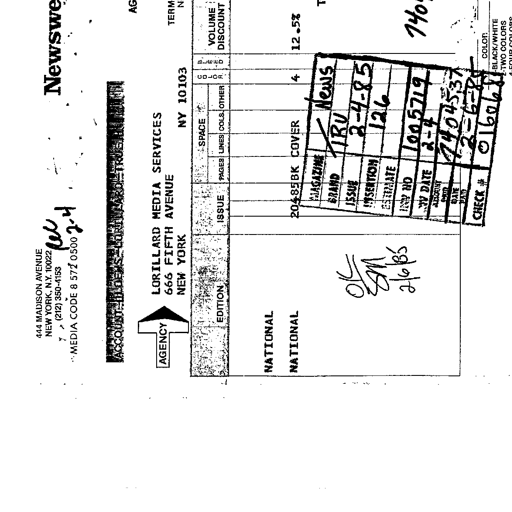
444 MADISON AVENUE
NEW YORK, N.Y. 10022
(212) 350-4153
MEDIA CODE 8 572 0500 RW 2-4
AGENCY
LORILLARD MEDIA SERVICES
666 FIFTH AVENUE
NEW YORK NY 10103
ACCOUNT U.S. NEWS - LORILLARD - TRUE MENTHOL
EDITION ISSUE SPACE COLOR VOLUME DISCOUNT
PAGES LINES COLS. OTHER
NATIONAL 20485 BK COVER 4 12.5%
NATIONAL
MAGAZINE News
BRAND TRU
ISSUE 2-4-85
INSERTION 126
ESTIMATE
INV NO 1005719
INV DATE 2-4
AMOUNT 74045.37
DATE PAID 2-6-85
CHECK # 016068
COLOR
BLACK/WHITE
TWO COLORS
OK SM 2/6/85
740